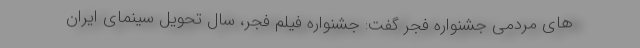
های مردمی جشنواره فجر گفت: جشنواره فیلم فجر، سال تحویل سینمای ایران